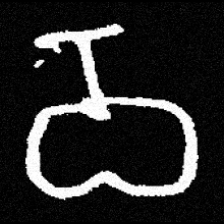
Pyu character \u2014 Myanmar letter: ဝ (romanized: wa)